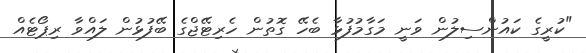
"ކުރީގެ ކައުންސިލުން ވަނީ މަގާމުފުޅާ ބެހޭ ގޮތުން ހެރިޓޭޖްގެ ބޭފުޅުން ލައްވާ ރިޕޯޓެއް